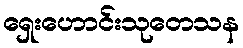
ရှေးဟောင်းသုတေသန